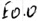
Text: E0.0